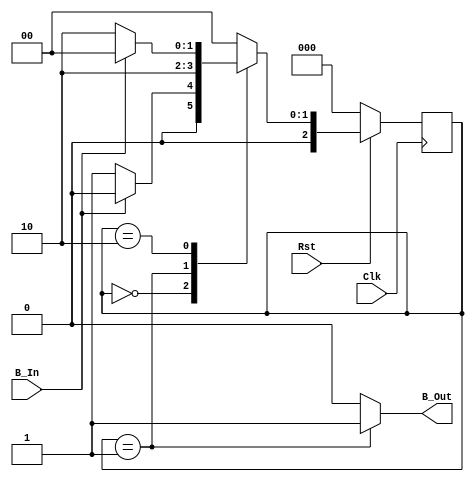

//ECE 6370

module Button_Shaper(B_In,B_Out,Clk,Rst);
input B_In,Clk,Rst;
output reg B_Out;
reg [2:0] State,StateNext;
parameter INIT=0,PULSE=1,WAIT=2;

//CombLogic
always @ (State,B_In)
  begin
    case(State)
      INIT:
        begin
          B_Out=1'b0;
	  if(B_In==0)
            begin
	      StateNext=PULSE;
	    end
	  else
	    begin
	      StateNext=INIT;
	    end
	end
       PULSE:
        begin
          B_Out=1'b1;
	  StateNext=WAIT;
        end
       WAIT:
        begin
          B_Out=1'b0;
          if(B_In==0)
            begin
	      StateNext=WAIT;
	    end
	  else
	    begin
	      StateNext=INIT;
	    end
       end
       
       default:
          begin
            B_Out=1'b0;
            StateNext=INIT;
          end
    endcase
  end

//StateReg
always@(posedge Clk)
  begin
    if(Rst==0)
      State <=INIT;
    else
      State <=StateNext;
  end

endmodule